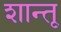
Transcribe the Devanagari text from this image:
शान्तू